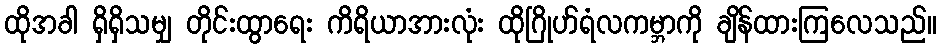
ထိုအခါ ရှိရှိသမျှ တိုင်းထွာရေး ကိရိယာအားလုံး ထိုဂြိုဟ်ရံလကမ္ဘာကို ချိန်ထားကြလေသည်။